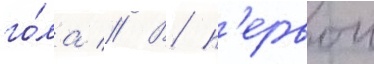
го́ла // В п'ервои